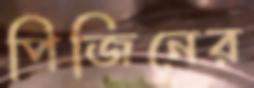
পিজিনের